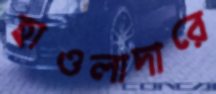
হাওলাদারে